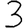
Digit: 3